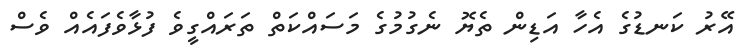
އޭރު ކަނޑުގެ އެހާ އަޑިން ތެޔޮ ނެގުމުގެ މަސައްކަތް ތަރައްގީވެ ފުޅާވެފައެއް ވެސް